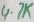
Text: 4.7K